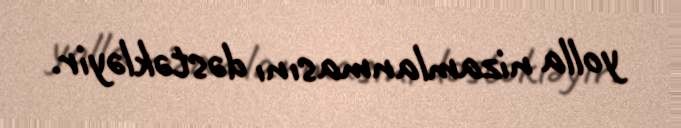
yolla nizamlanmasını dəstəkləyir.